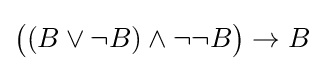
{\big (}(B\lor \neg B)\land \neg \neg B{\big )}\to B